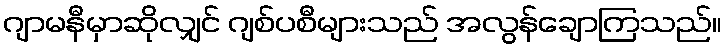
ဂျာမနီမှာဆိုလျှင် ဂျစ်ပစီများသည် အလွန်ချောကြသည်။